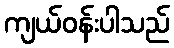
ကျယ်ဝန်းပါသည်